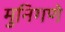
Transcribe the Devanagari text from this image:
मुनिगणे